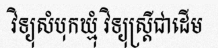
វិទ្យុសំបុកឃ្មុំ វិទ្យុស្ត្រីជាដើម